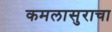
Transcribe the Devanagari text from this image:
कमलासुराचा